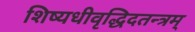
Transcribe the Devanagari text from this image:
शिष्यधीवृद्धिदतन्त्रम्